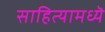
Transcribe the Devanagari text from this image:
साहित्यामध्यॆ